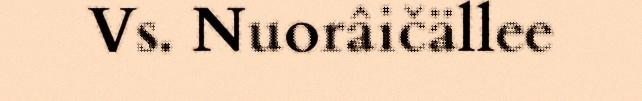
Vs. Nuorâičällee